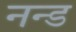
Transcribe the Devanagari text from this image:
नन्ड